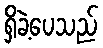
ရှိခဲ့ပေသည်